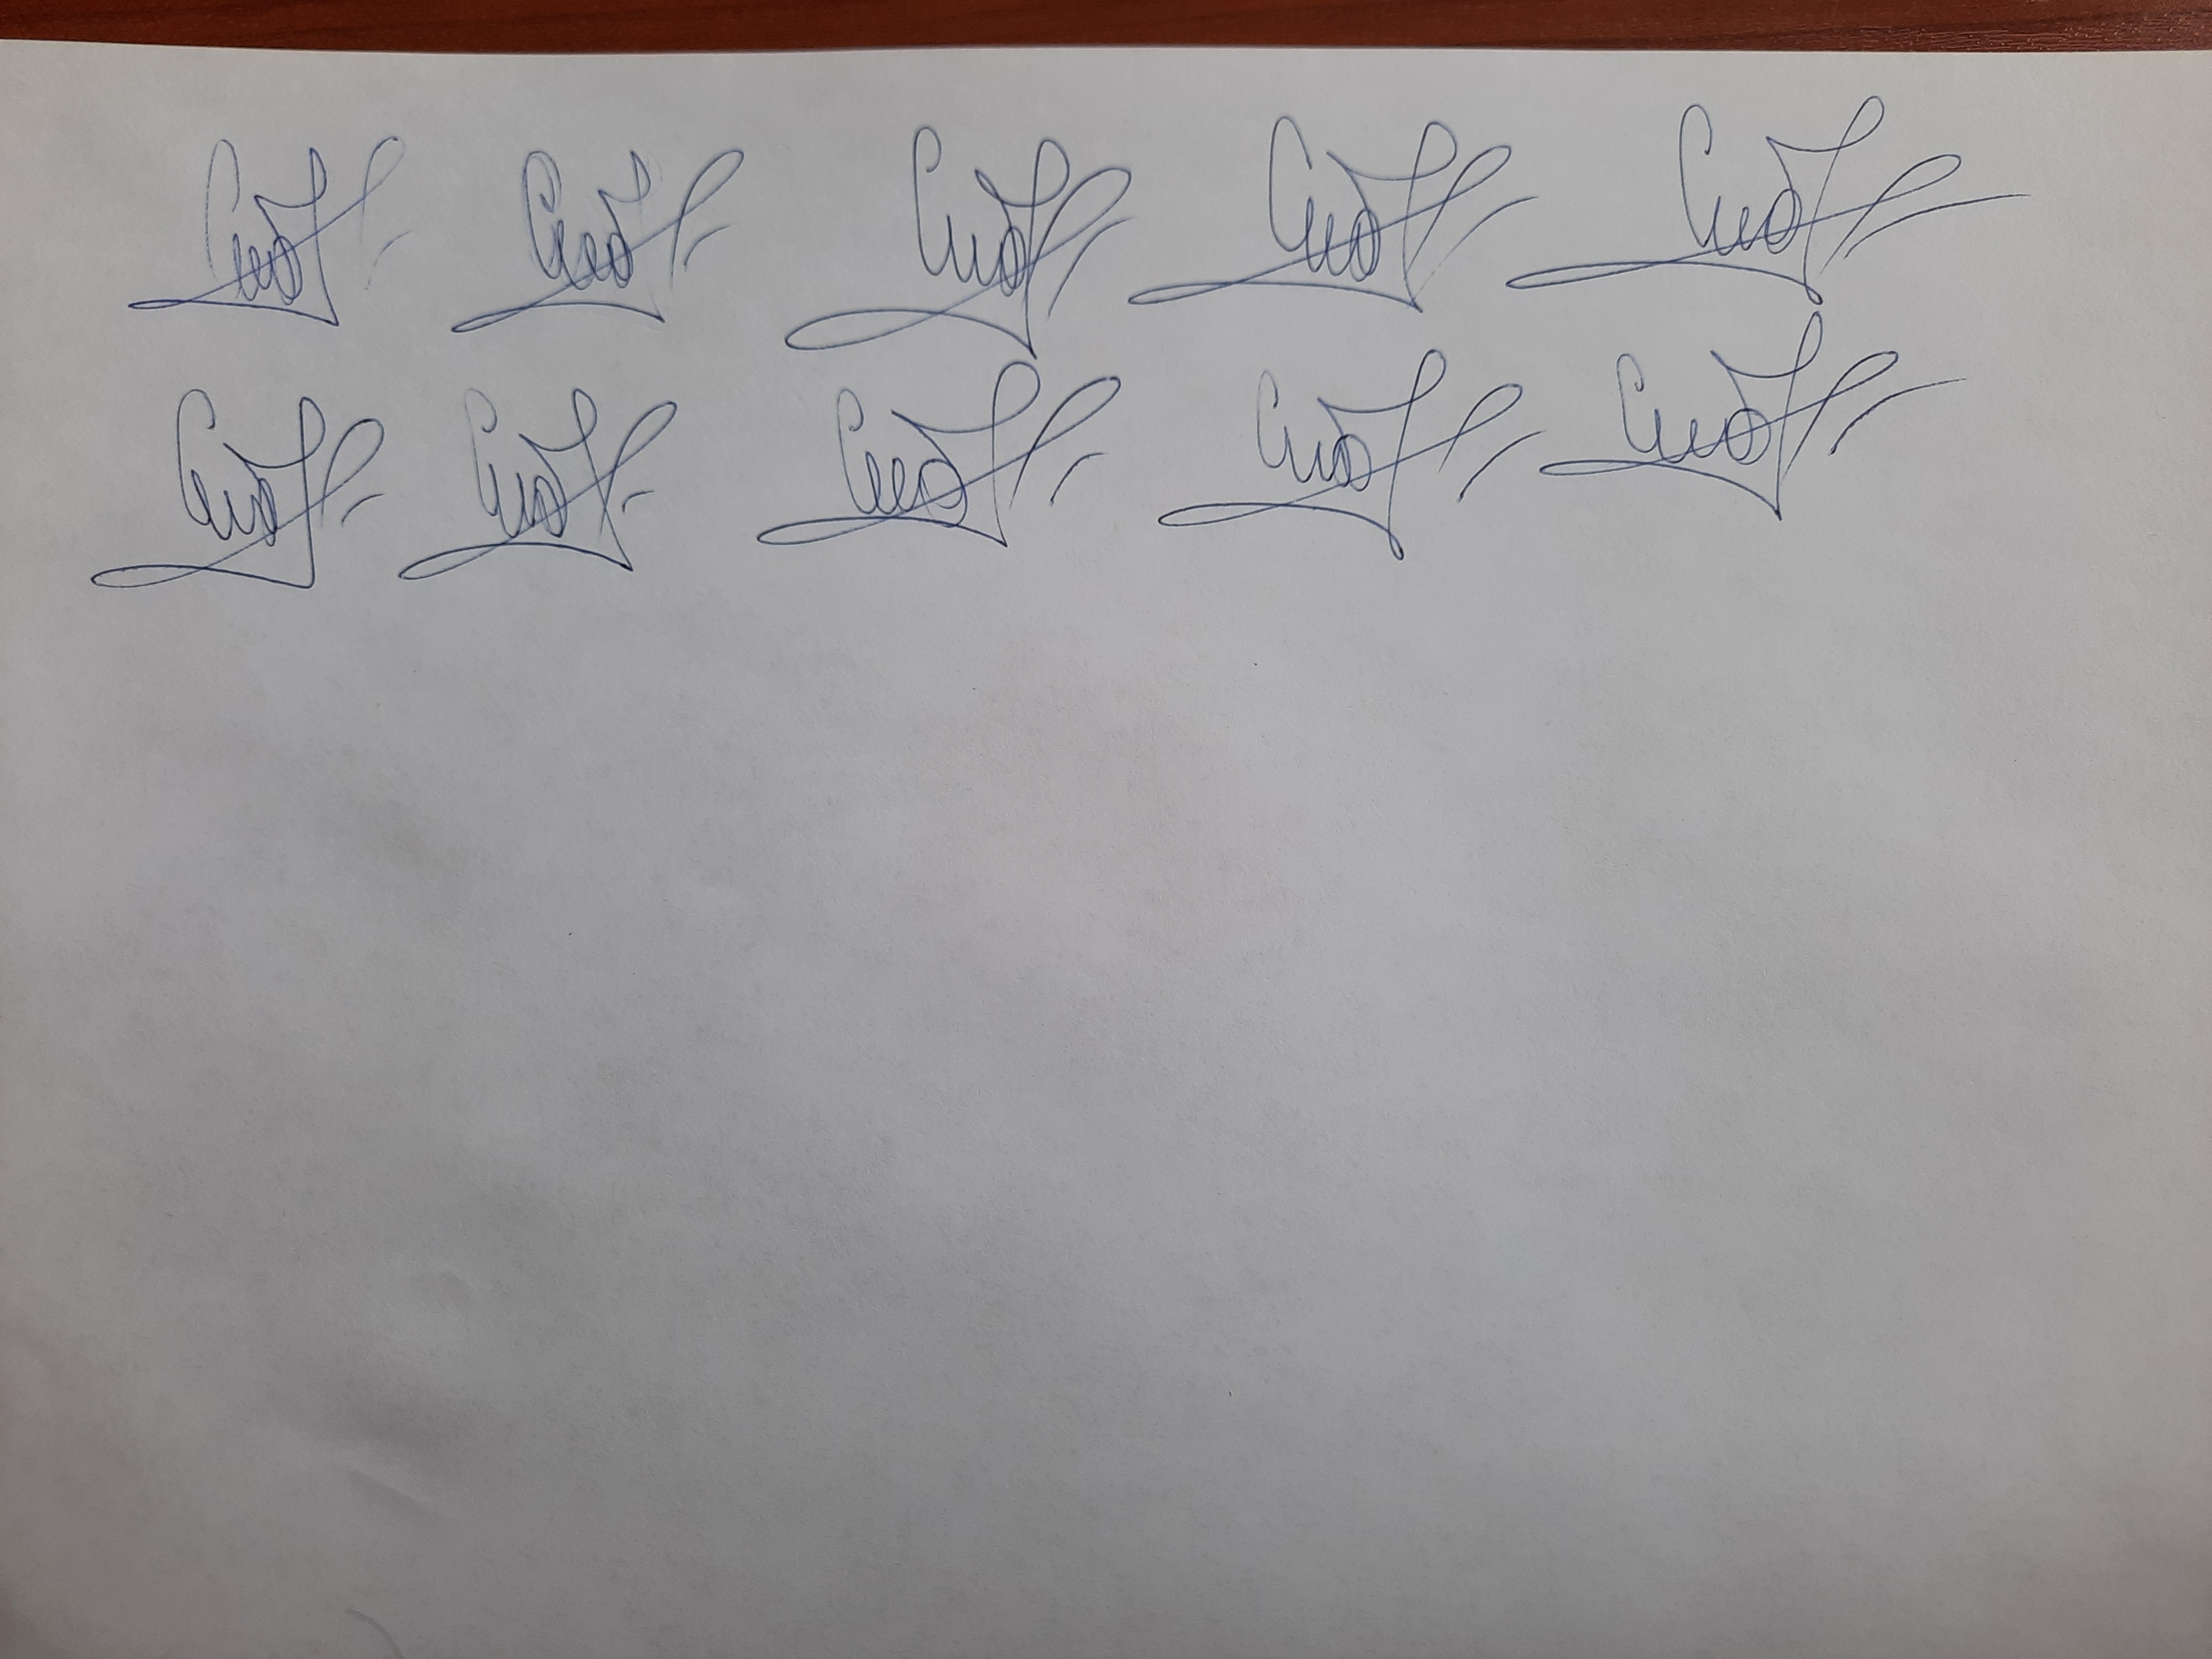
Signature authenticity: genuine